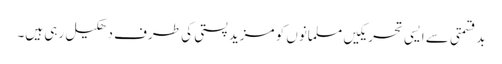
بدقسمتی سے ایسی تحریکیں مسلمانوں کو مزید پستی کی طرف دھکیل رہی ہیں۔